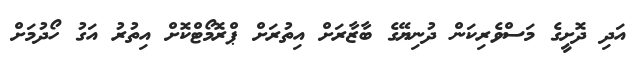
އަދި ދޮށީގެ މަސްވެރިކަން ދުނިޔޭގެ ބާޒާރަށް އިތުރަށް ޕްރޮމޯޓްކޮށް އިތުރު އަގު ހޯދުމަށް